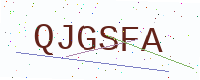
Text: QJGSFA